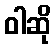
ဝါဆို